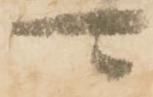
可